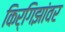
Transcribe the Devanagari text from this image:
किर्गिझांवर